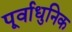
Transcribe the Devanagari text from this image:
पूर्वाधुनिक